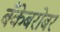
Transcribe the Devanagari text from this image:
बँकेबरोबर